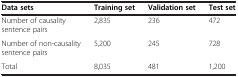
<table><thead><tr><td><b>Data sets</b></td><td><b>Training set</b></td><td><b>Validation set</b></td><td><b>Test set</b></td></tr></thead><tbody><tr><td>Number of causality sentence pairs</td><td>2,835</td><td>236</td><td>472</td></tr><tr><td>Number of non-causality sentence pairs</td><td>5,200</td><td>245</td><td>728</td></tr><tr><td>Total</td><td>8,035</td><td>481</td><td>1,200</td></tr></tbody></table>